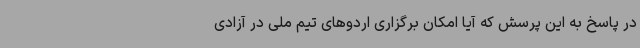
در پاسخ به این پرسش که آیا امکان برگزاری اردوهای تیم ملی در آزادی